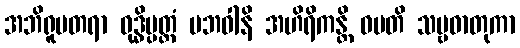
အဘိရူပတရာ ဝုဒ္ဓိပ္ပတ္တံ ပဘဝါနိ အဟိရိကန္တိ ဝမတိ သဗ္ဗဓာတုကာ